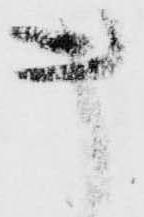
キ